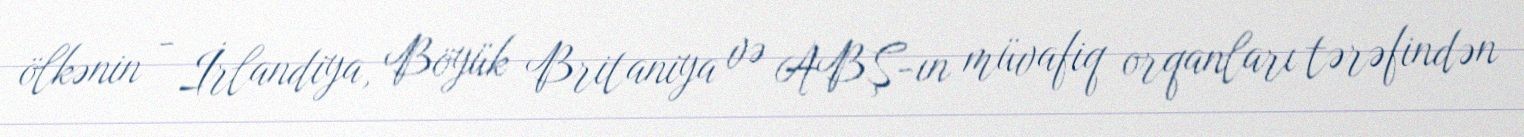
ölkənin - İrlandiya, Böyük Britaniya və ABŞ-ın müvafiq orqanları tərəfindən